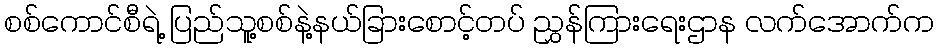
စစ်ကောင်စီရဲ့ ပြည်သူ့စစ်နဲ့နယ်ခြားစောင့်တပ် ညွှန်ကြားရေးဌာန လက်အောက်က